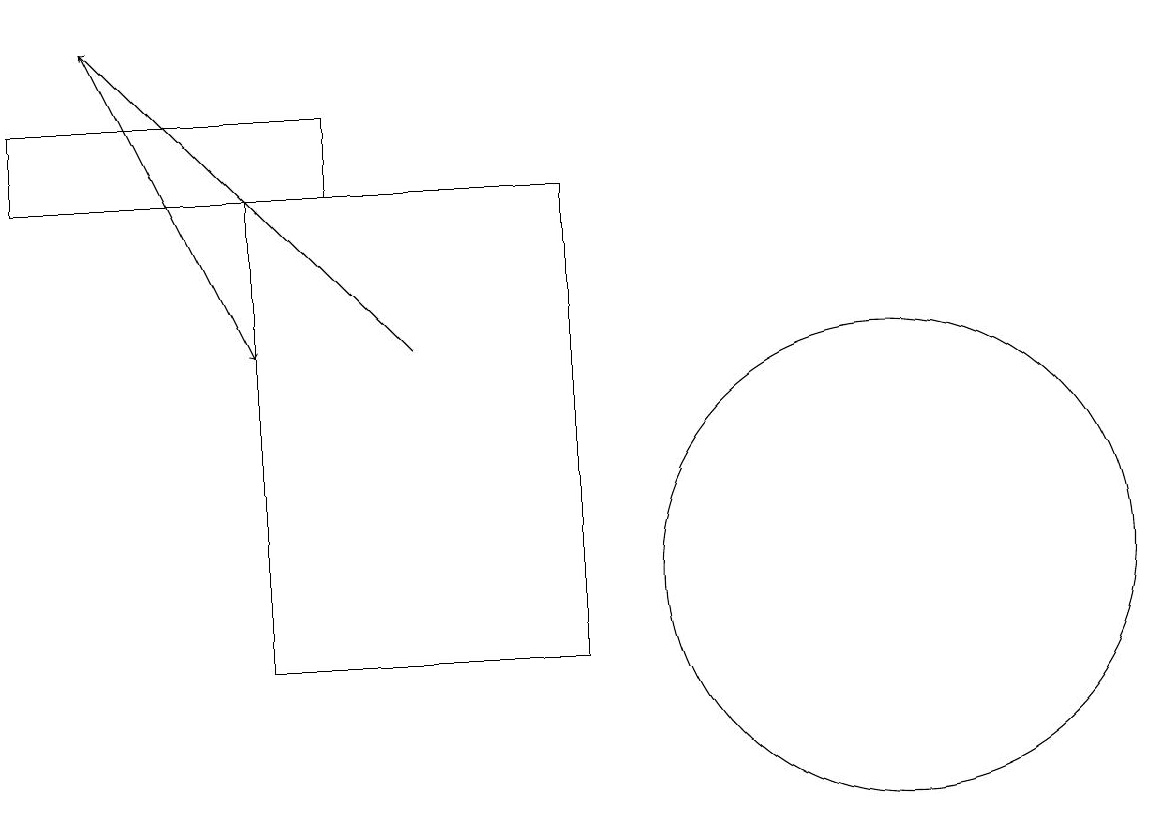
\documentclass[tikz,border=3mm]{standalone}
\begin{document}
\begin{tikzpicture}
\draw (4,17) rectangle (0,16);
\draw[->] (5,14) -- (1,18);
\draw (11,11) circle (3);
\draw (7,10) rectangle (3,16);
\draw[->] (1,18) -- (3,14);
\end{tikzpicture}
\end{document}